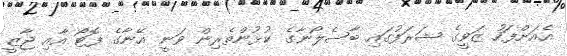
އެއަށްފަހު ޒަވީގެ ޝަރަފުގައި ބާސެލޯނާގެ ކުޅުންތެރިން ވަނީ އޭނާގެ ފޮޓޯ އާއި ޖާޒީ